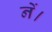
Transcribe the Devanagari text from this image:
नें।